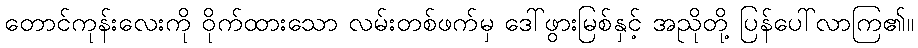
တောင်ကုန်းလေးကို ဝိုက်ထားသော လမ်းတစ်ဖက်မှ ဒေါ်ဖွားမြစ်နှင့် အညိုတို့ ပြန်ပေါ်လာကြ၏။